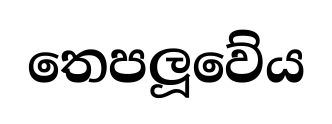
තෙපලූවේය